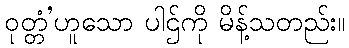
ဝုတ္တံ’ဟူသော ပါဌ်ကို မိန့်သတည်း။